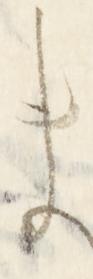
ま